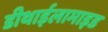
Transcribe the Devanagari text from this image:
डीथाईलामाइड